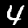
Digit: 4